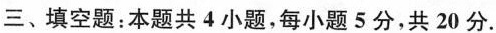
三、填空题：本题共4小题，每小题5分，共20分。